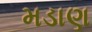
મડાણ